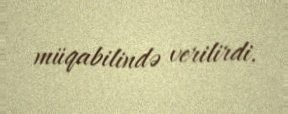
müqabilində verilirdi.